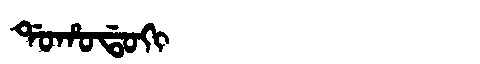
Manchu: ᡩᠣᡥᠣᡩᠣᡴᡳ
Romanization: DOHODOKI